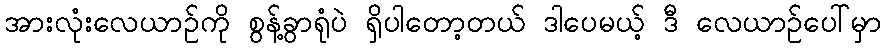
အားလုံးလေယာဉ်ကို စွန့်ခွာရုံပဲ ရှိပါတော့တယ် ဒါပေမယ့် ဒီ လေယာဉ်ပေါ်မှာ